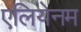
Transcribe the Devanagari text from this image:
एलियेनम